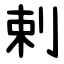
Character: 剌